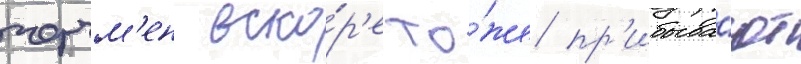
черчм'ен вско́р'е то́же пр'ибыва́ют